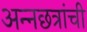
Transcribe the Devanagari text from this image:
अन्नछत्रांची